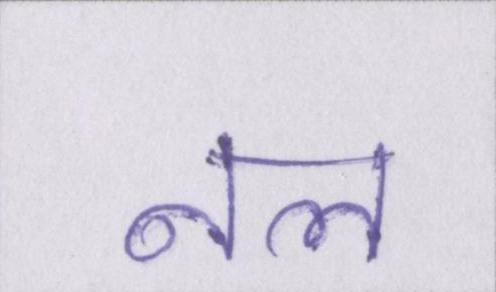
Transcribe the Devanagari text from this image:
नल